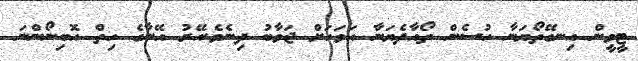
ޓީވީން އިނގޭތޯޔަނާ ހުސެން ތޯއާދެޔަނާ އަވަހަށް ޖަވާބު ދިނެވެ.އޭރު އޭނާގެ ހިތް އޮބިނޯންނަ